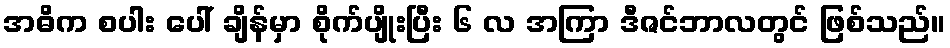
အဓိက စပါး ပေါ် ချိန်မှာ စိုက်ပျိုးပြီး ၆ လ အကြာ ဒီဇင်ဘာလတွင် ဖြစ်သည်။